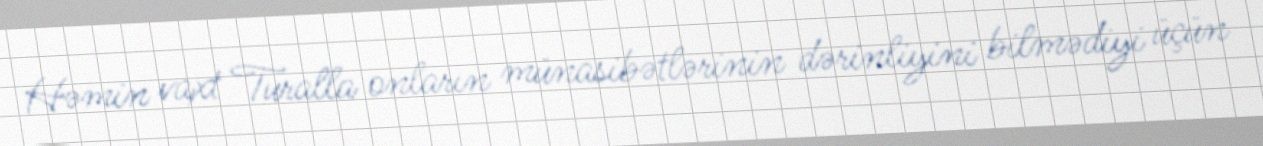
Həmin vaxt Turalla onların münasibətlərinin dərinliyini bilmədiyi üçün